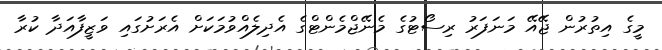
މީގެ އިތުރުން ޖޭއޭ މަނަފަރު ރިސޯޓުގެ މެނޭޖްމެންޓްގެ އެދިލެއްވުމަކަށް އެރަށުގައި ވަޒީފާއަދާ ކުރާ